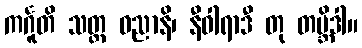
ကင်္ဂူတိ သတ္တ ဓညာနိ၊ နီဝါရာဒီ တု တဗ္ဘိဒါ။